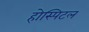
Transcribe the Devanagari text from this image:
होस्पिटल